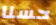
حسنا